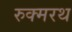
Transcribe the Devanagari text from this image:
रुक्मरथ